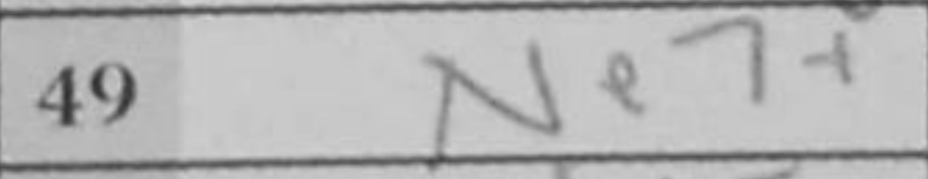
Transcription: Ne7+